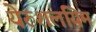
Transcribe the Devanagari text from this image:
येरुशलयिम